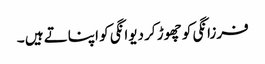
فرزانگی کو چھوڑ کر دیوانگی کو اپناتے ہیں ۔